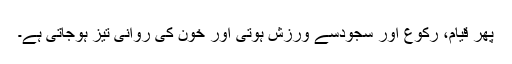
پھر قیام، رکوع اور سْجْودسے ورزش ہوتی اور خون کی روانی تیز ہوجاتی ہے۔